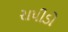
રાપીડો